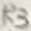
Text: R3